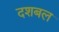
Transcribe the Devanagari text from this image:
दशबल